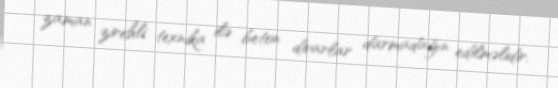
zaman zirehli texnika ilə beton divarlar darmadağın edilməlidir.